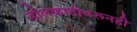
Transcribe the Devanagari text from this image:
डोलकाठीवरूनही